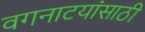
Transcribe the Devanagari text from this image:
वगनाटयांसाठी